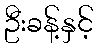
ဦးခန့်နှင့်